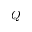
Q